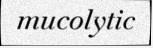
mucolytic